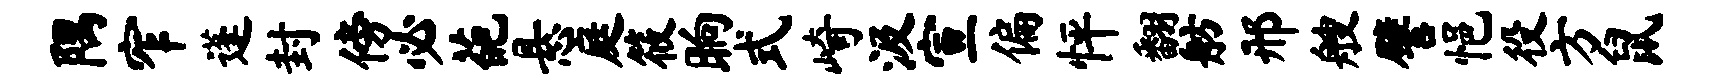
隅窄蓬封傍必葩悬庭筱晌式崎汲宣偏怦翻舫邢艘譬悒役方鼠